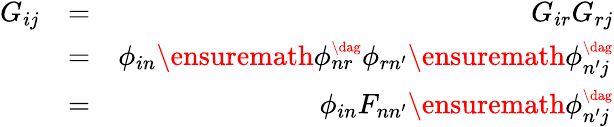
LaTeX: \begin{array}{rlr}{G_{ij}}&{=}&{G_{ir}G_{rj}}\\ &{=}&{\phi_{in}\ensuremath{\phi_{nr}^{\scriptscriptstyle\dag}}\phi_{rn^{\prime}}\ensuremath{\phi_{n^{\prime}j}^{\scriptscriptstyle\dag}}}\\ &{=}&{\phi_{in}F_{nn^{\prime}}\ensuremath{\phi_{n^{\prime}j}^{\scriptscriptstyle\dag}}}\end{array}